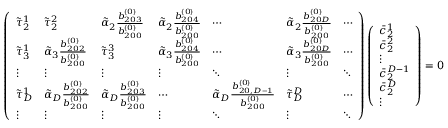
\left( \begin{array} { l l l l l l l } { \tilde { \tau } _ { 2 } ^ { 1 } } & { \tilde { \tau } _ { 2 } ^ { 2 } } & { \tilde { \alpha } _ { 2 } \frac { b _ { 2 0 3 } ^ { ( 0 ) } } { b _ { 2 0 0 } ^ { ( 0 ) } } } & { \tilde { \alpha } _ { 2 } \frac { b _ { 2 0 4 } ^ { ( 0 ) } } { b _ { 2 0 0 } ^ { ( 0 ) } } } & { \cdots } & { \tilde { \alpha } _ { 2 } \frac { b _ { 2 0 D } ^ { ( 0 ) } } { b _ { 2 0 0 } ^ { ( 0 ) } } } & { \cdots } \\ { \tilde { \tau } _ { 3 } ^ { 1 } } & { \tilde { \alpha } _ { 3 } \frac { b _ { 2 0 2 } ^ { ( 0 ) } } { b _ { 2 0 0 } ^ { ( 0 ) } } } & { \tilde { \tau } _ { 3 } ^ { 3 } } & { \tilde { \alpha } _ { 3 } \frac { b _ { 2 0 4 } ^ { ( 0 ) } } { b _ { 2 0 0 } ^ { ( 0 ) } } } & { \cdots } & { \tilde { \alpha } _ { 3 } \frac { b _ { 2 0 D } ^ { ( 0 ) } } { b _ { 2 0 0 } ^ { ( 0 ) } } } & { \cdots } \\ { \vdots } & { \vdots } & { \vdots } & { \vdots } & { \ddots } & { \vdots } & { \ddots } \\ { \tilde { \tau } _ { D } ^ { 1 } } & { \tilde { \alpha } _ { D } \frac { b _ { 2 0 2 } ^ { ( 0 ) } } { b _ { 2 0 0 } ^ { ( 0 ) } } } & { \tilde { \alpha } _ { D } \frac { b _ { 2 0 3 } ^ { ( 0 ) } } { b _ { 2 0 0 } ^ { ( 0 ) } } } & { \cdots } & { \tilde { \alpha } _ { D } \frac { b _ { 2 0 , D - 1 } ^ { ( 0 ) } } { b _ { 2 0 0 } ^ { ( 0 ) } } } & { \tilde { \tau } _ { D } ^ { D } } & { \cdots } \\ { \vdots } & { \vdots } & { \vdots } & { \vdots } & { \ddots } & { \vdots } & { \ddots } \end{array} \right) \left( \begin{array} { l } { \bar { c } _ { 2 } ^ { 1 } } \\ { \bar { c } _ { 2 } ^ { 2 } } \\ { \vdots } \\ { \bar { c } _ { 2 } ^ { D - 1 } } \\ { \bar { c } _ { 2 } ^ { D } } \\ { \vdots } \end{array} \right) = \boldsymbol { 0 }